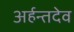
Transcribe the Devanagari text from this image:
अर्हन्तदेव